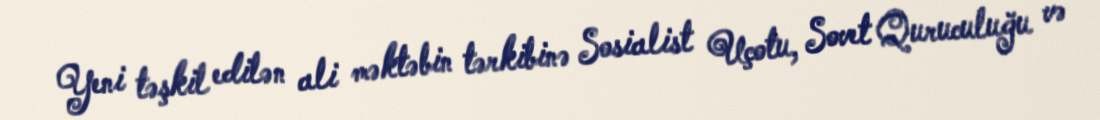
Yeni təşkil edilən ali məktəbin tərkibinə Sosialist Uçotu, Sovet Quruculuğu və